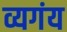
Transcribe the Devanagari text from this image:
व्यगंय